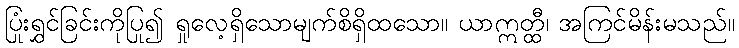
ပြုံးရွှင်ခြင်းကိုပြု၍ ရှုလေ့ရှိသောမျက်စိရှိထသော။ ယာဣတ္ထီ၊ အကြင်မိန်းမသည်။